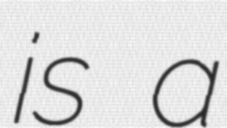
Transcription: is a